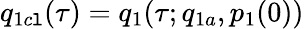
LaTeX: q_{1c\mathtt{l}}(\tau)=q_{1}(\tau;q_{1a},p_{1}(0))